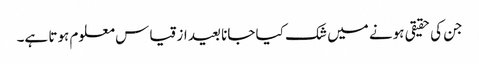
جن کی حقیقی ہونے میں شک کیا جانا بعید از قیاس معلوم ہوتا ہے۔